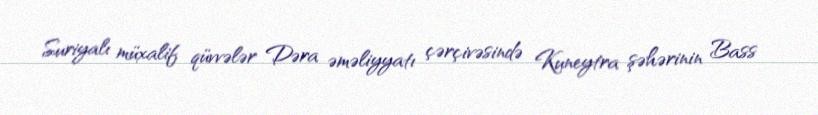
Suriyalı müxalif qüvvələr Dəra əməliyyatı çərçivəsində Kuneytra şəhərinin Bass